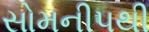
સોમનીપથી